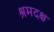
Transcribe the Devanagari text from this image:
श्रमदक्ष